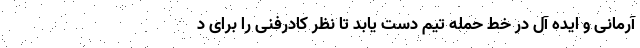
آرمانی و ایده آل در خط حمله تیم دست یابد تا نظر کادرفنی را برای د